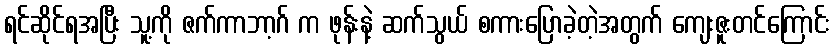
ရင်ဆိုင်ရအပြီး သူ့ကို ဇက်ကာဘာ့ဂ် က ဖုန်းနဲ့ ဆက်သွယ် စကားပြောခဲ့တဲ့အတွက် ကျေးဇူးတင်ကြောင်း